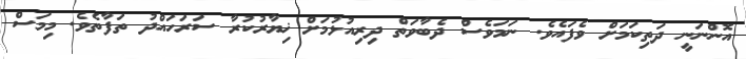
އޮންނަނީ ދަތިކަމަށް ވެފައެވެ. ނަމަވެސް ދެބާވަތް ދިރިއުޅުމަށް ޚިޔާރުކުރާ ސަރަހައްދު ތަފާތެވެ. މިމަސް